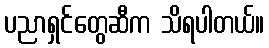
ပညာရှင်တွေဆီက သိရပါတယ်။